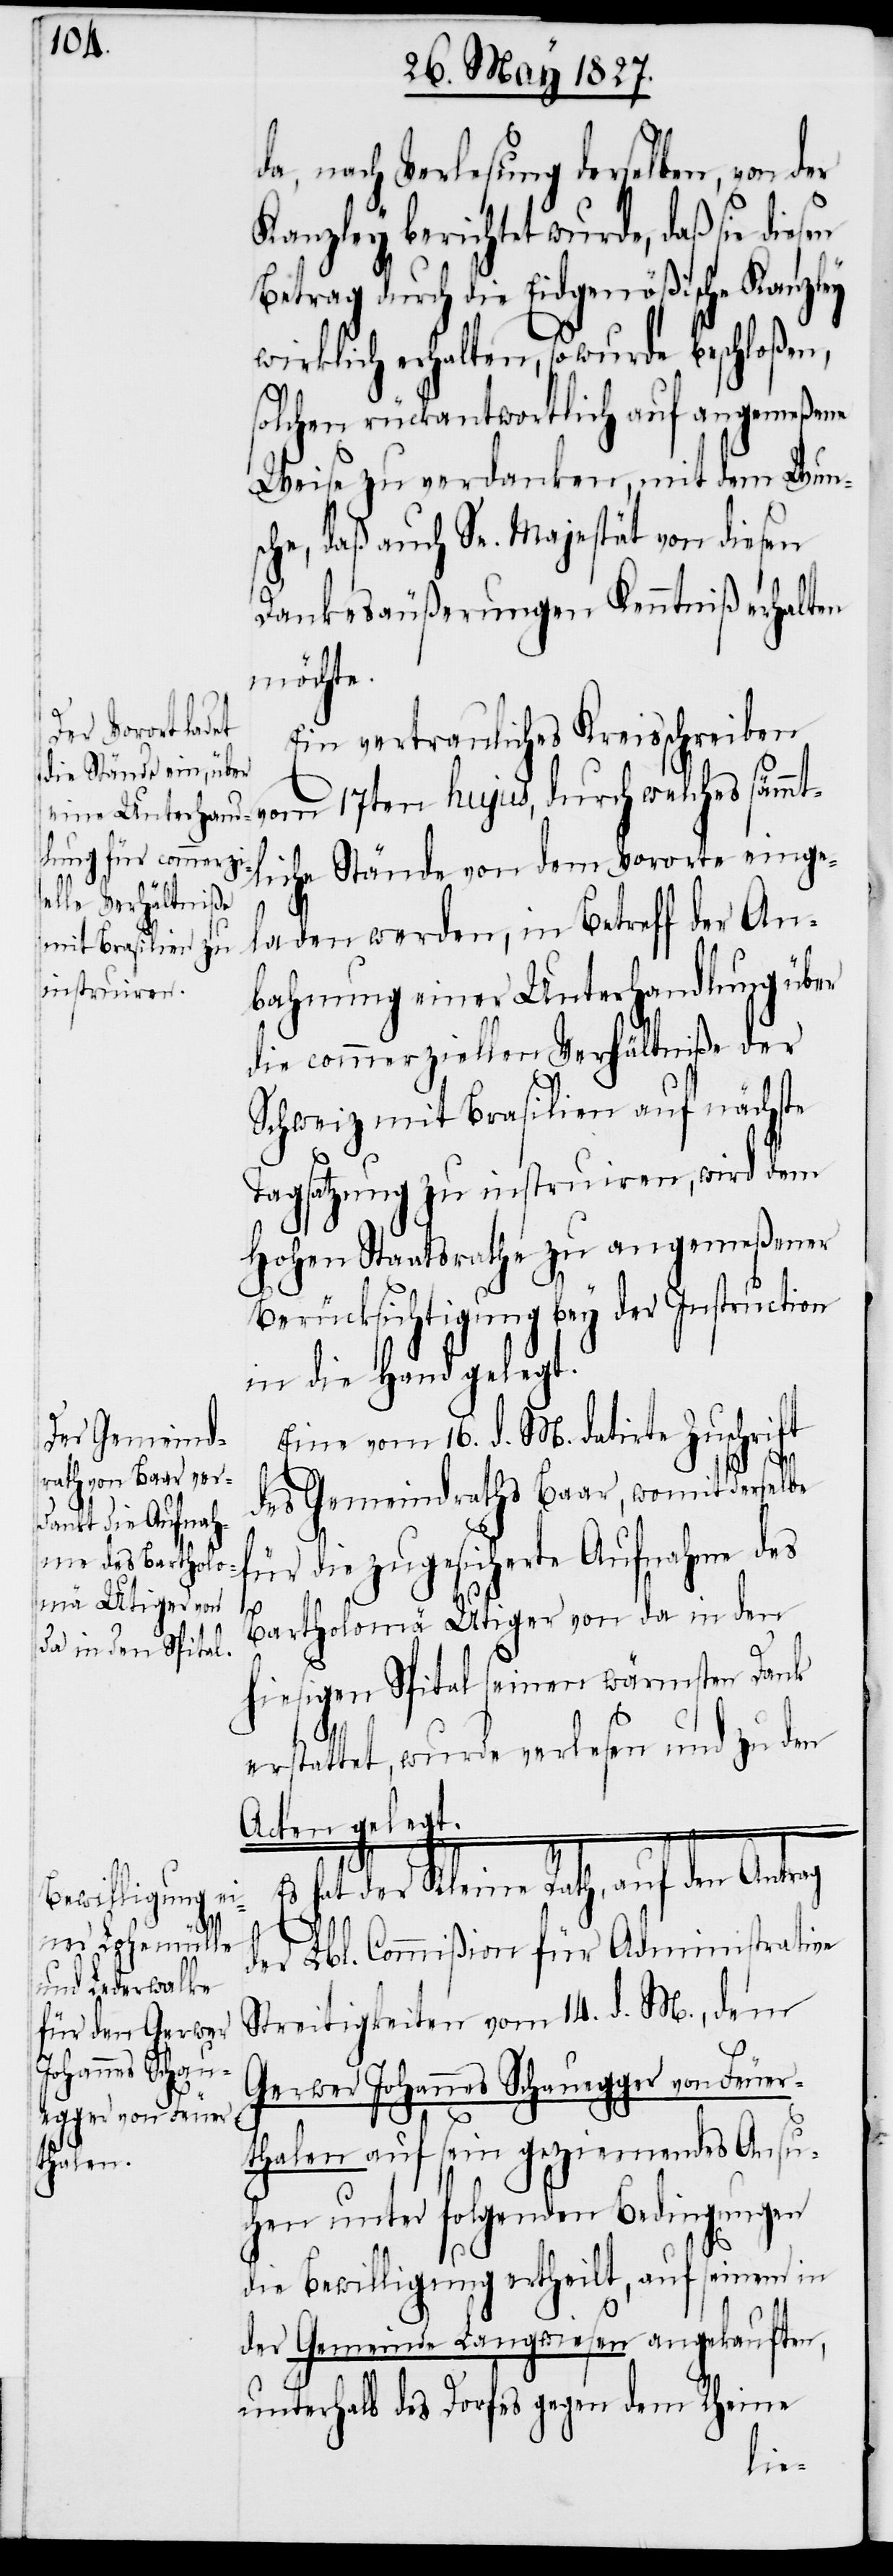
a, nach Verlesung derselben, von
Kanzley berichtet wurde, daß sie die¬
hujus, durch welches sämmt¬
wirklich erhalten, so wurde beschloßen,
solchen rückantwortlich auf angemeßene
Weise zu verdanken, mit dem Wun¬
sche, daß auch Sr. Majestät von diesen
Dankesäußerungen Kenntniß erhalten
möchte.
Ein vertrauliches Kreisschreiben
liche Stände von dem Vororte einge¬
laden werden, in Betreff der An¬
bahnung einer Unterhandlung über
die commerziellen Verhältniße der
Schweiz mit Brasilien auf nächste
Tagsatzung zu instruiren, wird dem
Hohen Staatsrathe zu angemeßener
Berücksichtigung bey der Instruction
in die Hand gelegt.
Eine vom 16. d. M. datirten Zuschrift
des Gemeindraths Baar, womit derselbe
für die zugesicherte Aufnahme des
vom
Bartholomä Utiger von da in den
hiesigen Spital seinen wärmsten Dank
17ten
erstattet, wurde verlesen und zu den
Acten gelegt.
Es hat der Kleine Rath, auf den Antrag
der Lbl. Commißion für Administrative
Streitigkeiten vom 14. d. M., dem
Gerwer Johannes Schauegger von Feuer¬
thalen auf sein geziemendes Ansu¬
chen unter folgenden Bedingungen
die Bewilligung ertheilt, auf seinen in
der Gemeinde Langwiesen angekauften,
unterhalb des Dorfes gegen dem Rheine